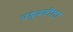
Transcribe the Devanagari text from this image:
पध्दतीला